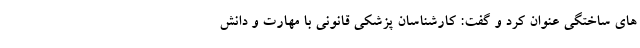
های ساختگی عنوان کرد و گفت: کارشناسان پزشکی قانونی با مهارت و دانش